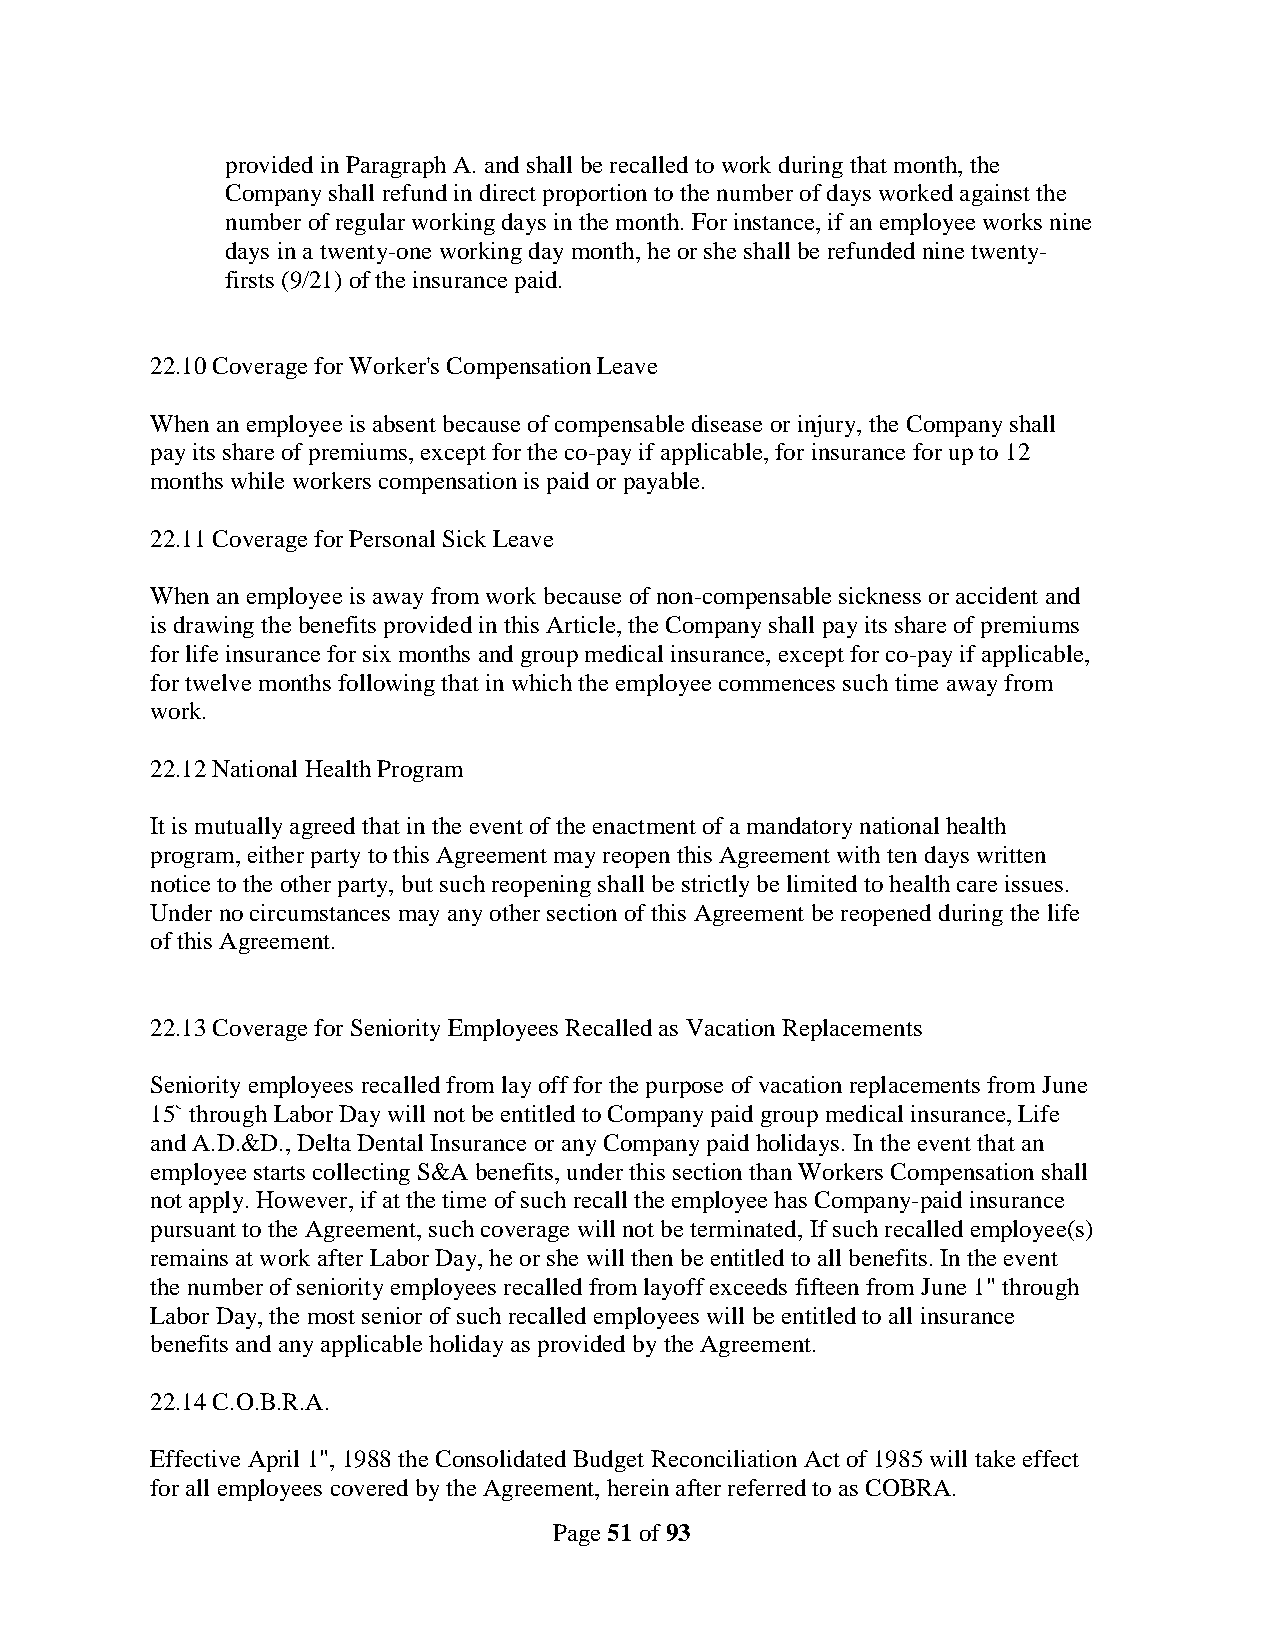
provided in Paragraph A. and shall be recalled to work during that month, the
 Company shall refund in direct proportion to the number of days worked against the
 number of regular working days in the month. For instance, if an employee works nine
 days in a twenty-one working day month, he or she shall be refunded nine twenty-
 firsts (9/21) of the insurance paid.
 22.10 Coverage for Worker's Compensation Leave
 When an employee is absent because of compensable disease or injury, the Company shall
 pay its share of premiums, except for the co-pay if applicable, for insurance for up to 12
 months while workers compensation is paid or payable.
 22.11 Coverage for Personal Sick Leave
 When an employee is away from work because of non-compensable sickness or accident and
 is drawing the benefits provided in this Article, the Company shall pay its share of premiums
 for life insurance for six months and group medical insurance, except for co-pay if applicable,
 for twelve months following that in which the employee commences such time away from
 work.
 22.12 National Health Program
 It is mutually agreed that in the event of the enactment of a mandatory national health
 program, either party to this Agreement may reopen this Agreement with ten days written
 notice to the other party, but such reopening shall be strictly be limited to health care issues.
 Under no circumstances may any other section of this Agreement be reopened during the life
 of this Agreement.
 22.13 Coverage for Seniority Employees Recalled as Vacation Replacements
 Seniority employees recalled from lay off for the purpose of vacation replacements from June
 15` through Labor Day will not be entitled to Company paid group medical insurance, Life
 and A.D.&D., Delta Dental Insurance or any Company paid holidays. In the event that an
 employee starts collecting S&A benefits, under this section than Workers Compensation shall
 not apply. However, if at the time of such recall the employee has Company-paid insurance
 pursuant to the Agreement, such coverage will not be terminated, If such recalled employee(s)
 remains at work after Labor Day, he or she will then be entitled to all benefits. In the event
 the number of seniority employees recalled from layoff exceeds fifteen from June 1" through
 Labor Day, the most senior of such recalled employees will be entitled to all insurance
 benefits and any applicable holiday as provided by the Agreement.
 22.14 C.O.B.R.A.
 Effective April 1", 1988 the Consolidated Budget Reconciliation Act of 1985 will take effect
 for all employees covered by the Agreement, herein after referred to as COBRA.
 Page 51 of 93